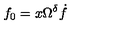
f _ { 0 } = x \Omega ^ { \delta } \dot { f }